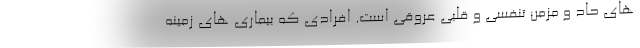
های حاد و مزمن تنفسی و قلبی عروقی است. افرادی که بیماری های زمینه